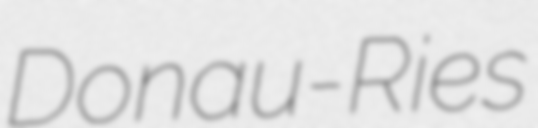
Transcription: Donau-Ries